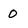
Character: 0